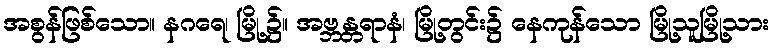
အစွန်ဖြစ်သော။ နဂရေ၊ မြို့၌။ အဗ္ဘန္တရာနံ၊ မြို့တွင်း၌ နေကုန်သော မြို့သူမြို့သား